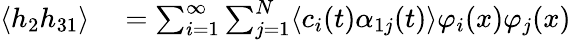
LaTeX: \begin{array}{rl}{\langle h_{2}h_{31}\rangle}&{{}=\sum_{i=1}^{\infty}\sum_{j=1}^{N}\langle c_{i}(t)\alpha_{1j}(t)\rangle\varphi_{i}(x)\varphi_{j}(x)}\end{array}